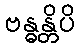
ဗန္ဓန္တိပိ